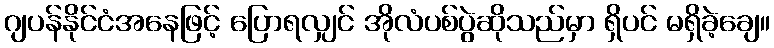
ဂျပန်နိုင်ငံအနေဖြင့် ပြောရလျှင် အိုလံပစ်ပွဲဆိုသည်မှာ ရှိပင် မရှိခဲ့ချေ။